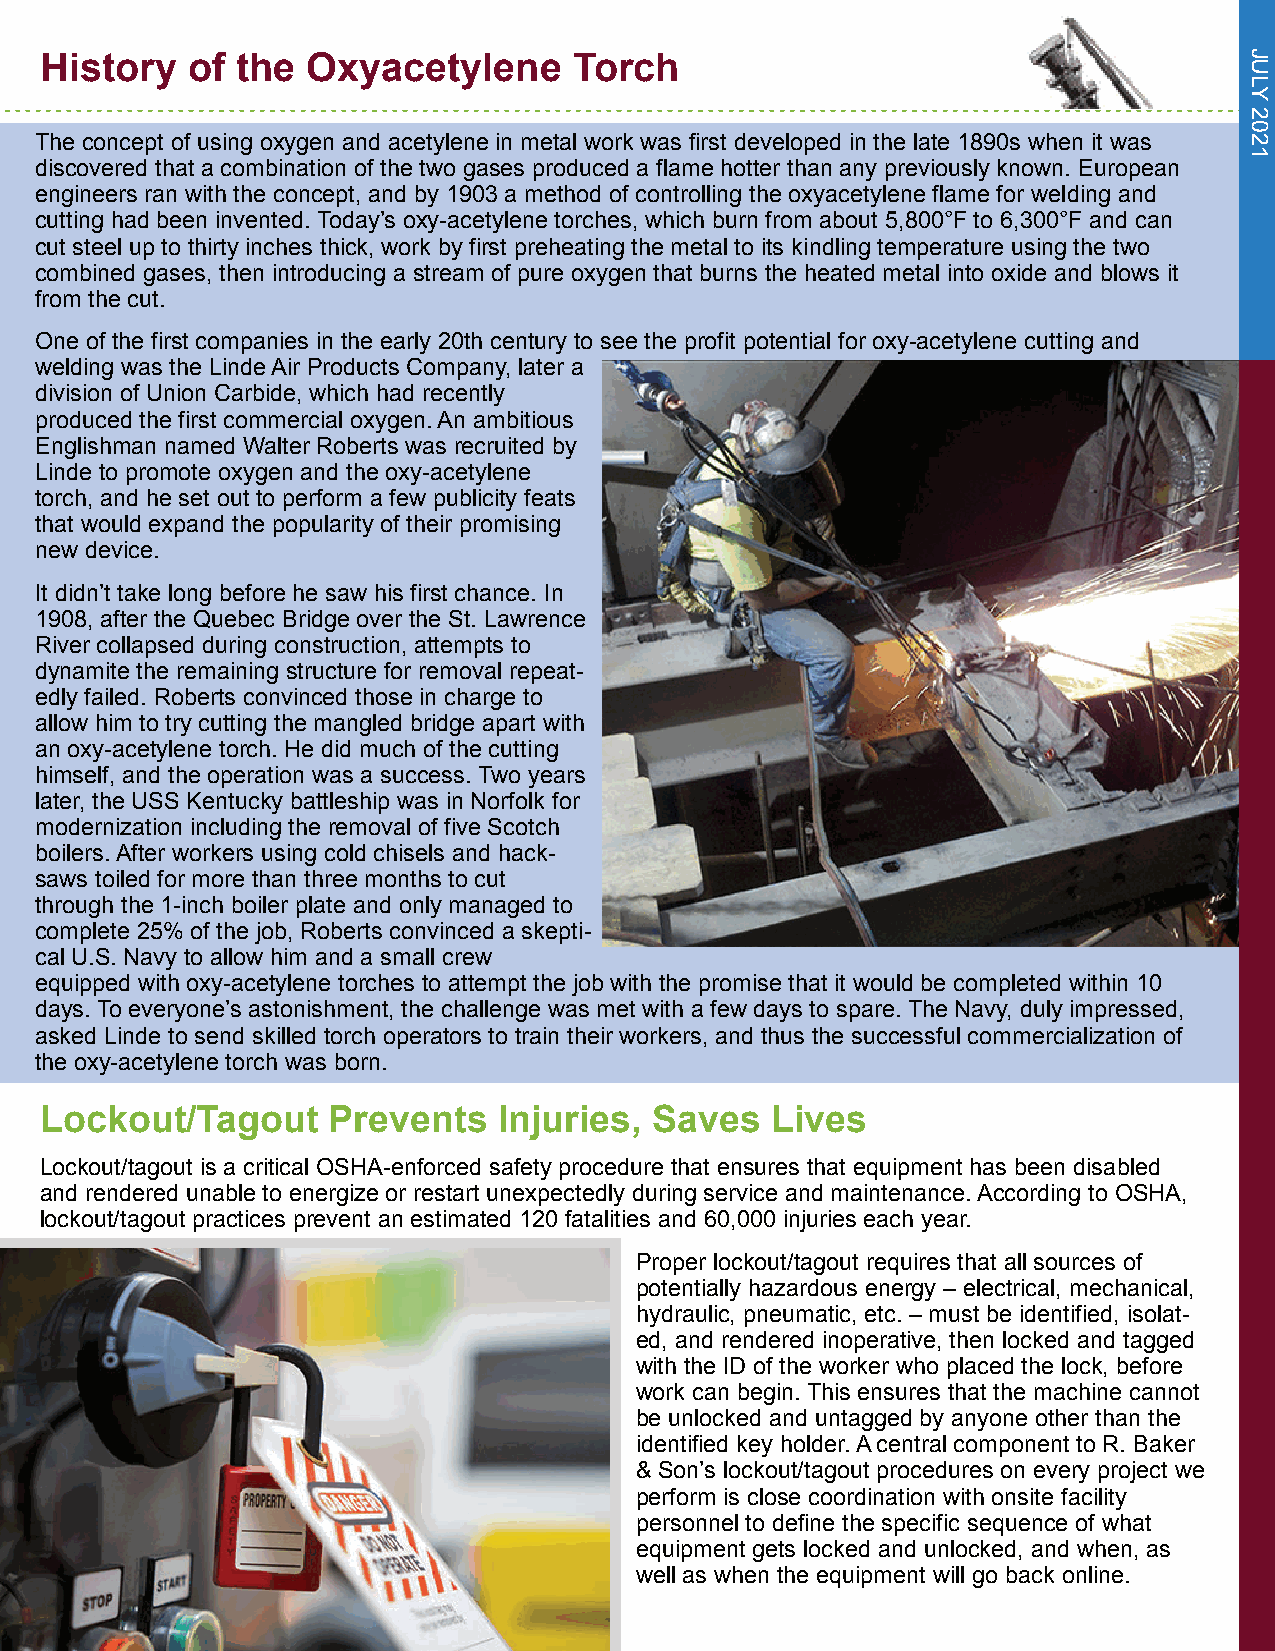
History  of  the Oxyacetylene      Torch
 The concept of using oxygen and acetylene in metal work was first developed in the late 1890s when it was
 discovered that a combination of the two gases produced a flame hotter than any previously known. European
 engineers ran with the concept, and by 1903 a method of controlling the oxyacetylene flame for welding and
 cutting had been invented. Today’s oxy-acetylene torches, which burn from about 5,800°F to 6,300°F and can
 cut steel up to thirty inches thick, work by first preheating the metal to its kindling temperature using the two
 combined gases, then introducing a stream of pure oxygen that burns the heated metal into oxide and blows it
 from the cut.
 One of the first companies in the early 20th century to see the profit potential for oxy-acetylene cutting and
 welding was the Linde Air Products Company, later a
 division of Union Carbide, which had recently
 produced the first commercial oxygen. An ambitious
 Englishman named Walter Roberts was recruited by
 Linde to promote oxygen and the oxy-acetylene
 torch, and he set out to perform a few publicity feats
 that would expand the popularity of their promising
 new device.
 It didn’t take long before he saw his first chance. In
 1908, after the Quebec Bridge over the St. Lawrence
 River collapsed during construction, attempts to
 dynamite the remaining structure for removal repeat-
 edly failed. Roberts convinced those in charge to
 allow him to try cutting the mangled bridge apart with
 an oxy-acetylene torch. He did much of the cutting
 himself, and the operation was a success. Two years
 later, the USS Kentucky battleship was in Norfolk for
 modernization including the removal of five Scotch
 boilers. After workers using cold chisels and hack-
 saws toiled for more than three months to cut
 through the 1-inch boiler plate and only managed to
 complete 25% of the job, Roberts convinced a skepti-
 cal U.S. Navy to allow him and a small crew
 equipped with oxy-acetylene torches to attempt the job with the promise that it would be completed within 10
 days. To everyone’s astonishment, the challenge was met with a few days to spare. The Navy, duly impressed,
 asked Linde to send skilled torch operators to train their workers, and thus the successful commercialization of
 the oxy-acetylene torch was born.
 Lockout/Tagout     Prevents   Injuries, Saves   Lives
 Lockout/tagout is a critical OSHA-enforced safety procedure that ensures that equipment has been disabled
 and rendered unable to energize or restart unexpectedly during service and maintenance. According to OSHA,
 lockout/tagout practices prevent an estimated 120 fatalities and 60,000 injuries each year.
 Proper lockout/tagout requires that all sources of
 potentially hazardous energy – electrical, mechanical,
 hydraulic, pneumatic, etc. – must be identified, isolat-
 ed, and rendered inoperative, then locked and tagged
 with the ID of the worker who placed the lock, before
 work can begin. This ensures that the machine cannot
 be unlocked and untagged by anyone other than the
 identified key holder. A central component to R. Baker
 & Son’s lockout/tagout procedures on every project we
 perform is close coordination with onsite facility
 personnel to define the specific sequence of what
 equipment gets locked and unlocked, and when, as
 well as when the equipment will go back online.
 JUJLAYN
 2U0A2R1Y
 2020